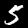
Digit: 5